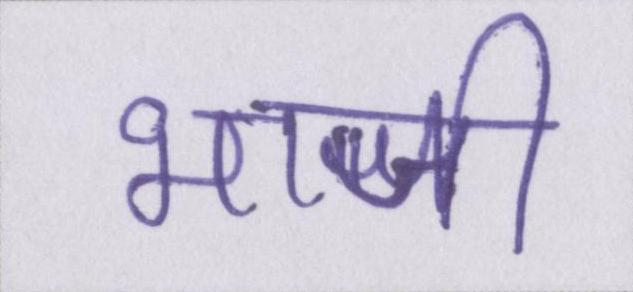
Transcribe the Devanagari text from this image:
भाजी